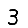
Digit: 3